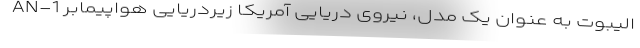
الیبوت به عنوان یک مدل، نیروی دریایی آمریکا زیردریایی هواپیمابر AN-1